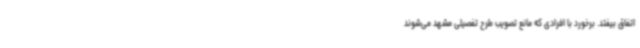
اتفاق بیفتد. برخورد با افرادی که مانع تصویب طرح تفصیلی مشهد می‌شوند